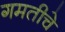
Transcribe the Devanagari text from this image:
गमतीचे